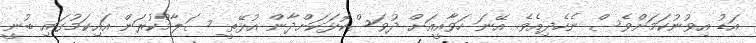
އަޑު އިވުނުކަމަށްވެސް ނެހެދިއެވެ. އޭނަ ހަވާއީއަށް ދުވަސްކޮޅަކަށްދާން އުޅޭތީ ސަލާމްކުރަން އައިކަމުގައި ބުނީ